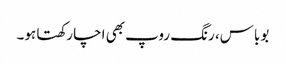
بوباس، رنگ روپ بھی اچا رکھتا ہو۔